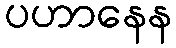
ပဟာနေန